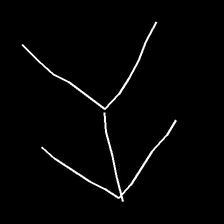
Glyph: gather